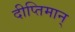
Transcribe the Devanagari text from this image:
दीप्तिमान्